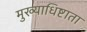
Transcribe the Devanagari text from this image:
मुख्याधिष्टाता